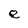
Character: e